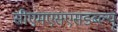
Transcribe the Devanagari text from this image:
सीएमएसएसडब्ल्यू